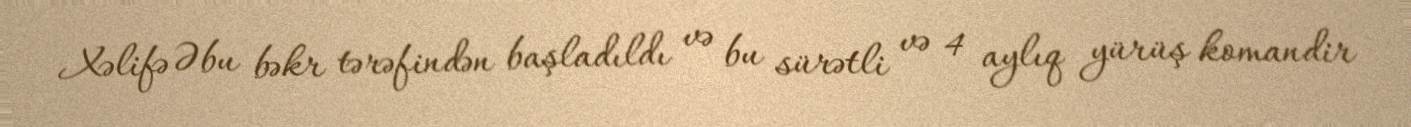
Xəlifə Əbu bəkr tərəfindən başladıldı və bu sürətli və 4 aylıq yürüş komandir